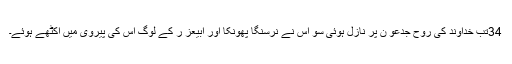
34تب خُداوند کی رُوح جِدعو ن پر نازِل ہُوئی سو اُس نے نرسِنگا پُھونکا اور ابیعز ر کے لوگ اُس کی پَیروی میں اِکٹّھے ہُوئے۔